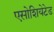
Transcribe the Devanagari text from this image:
एसोशियेटेड